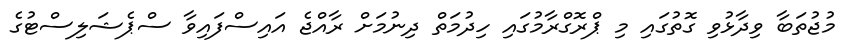
މުޖުތަބާ ވިދާޅުވި ގޮތުގައި މި ޕްރޮގްރާމުގައި ހިދުމަތް ދިނުމަށް ރާއްޖެ އައިސްފައިވާ ސްޕެޝަލިސްޓުގެ